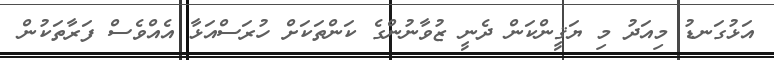
އަޅުގަނޑު މިއަދު މި ޔަޤީންކަން ދެނީ ޒުވާނުންގެ ކަންތަކަށް ހުރަސްއަޅާ އެއްވެސް ފަރާތަކުން